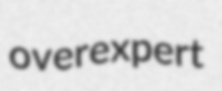
overexpert